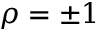
\rho = \pm 1